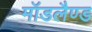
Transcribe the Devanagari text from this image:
मॉडलैण्ड